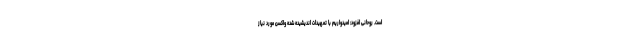
است. روحانی افزود: امیدواریم با تمهیدات اندیشیده شده واکسن مورد نیاز